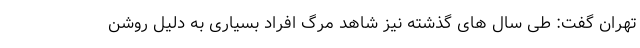
تهران گفت: طی سال های گذشته نیز شاهد مرگ افراد بسیاری به دلیل روشن